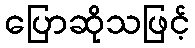
ပြောဆိုသဖြင့်